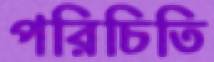
পরিচিতি